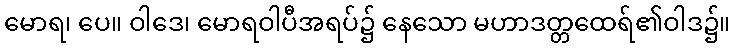
မောရ၊ ပေ။ ဝါဒေ၊ မောရဝါပီအရပ်၌ နေသော မဟာဒတ္တထေရ်၏ဝါဒ၌။